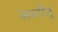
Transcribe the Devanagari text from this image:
अवनींद्र